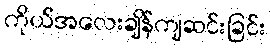
ကိုယ်အလေးချိန်ကျဆင်းခြင်း